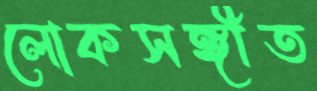
লোকসঙ্গীত